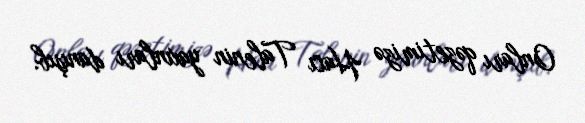
Onları qəzetimizə Hacı Talenin yaxınları danışıb.